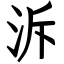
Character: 泝